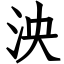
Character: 泱